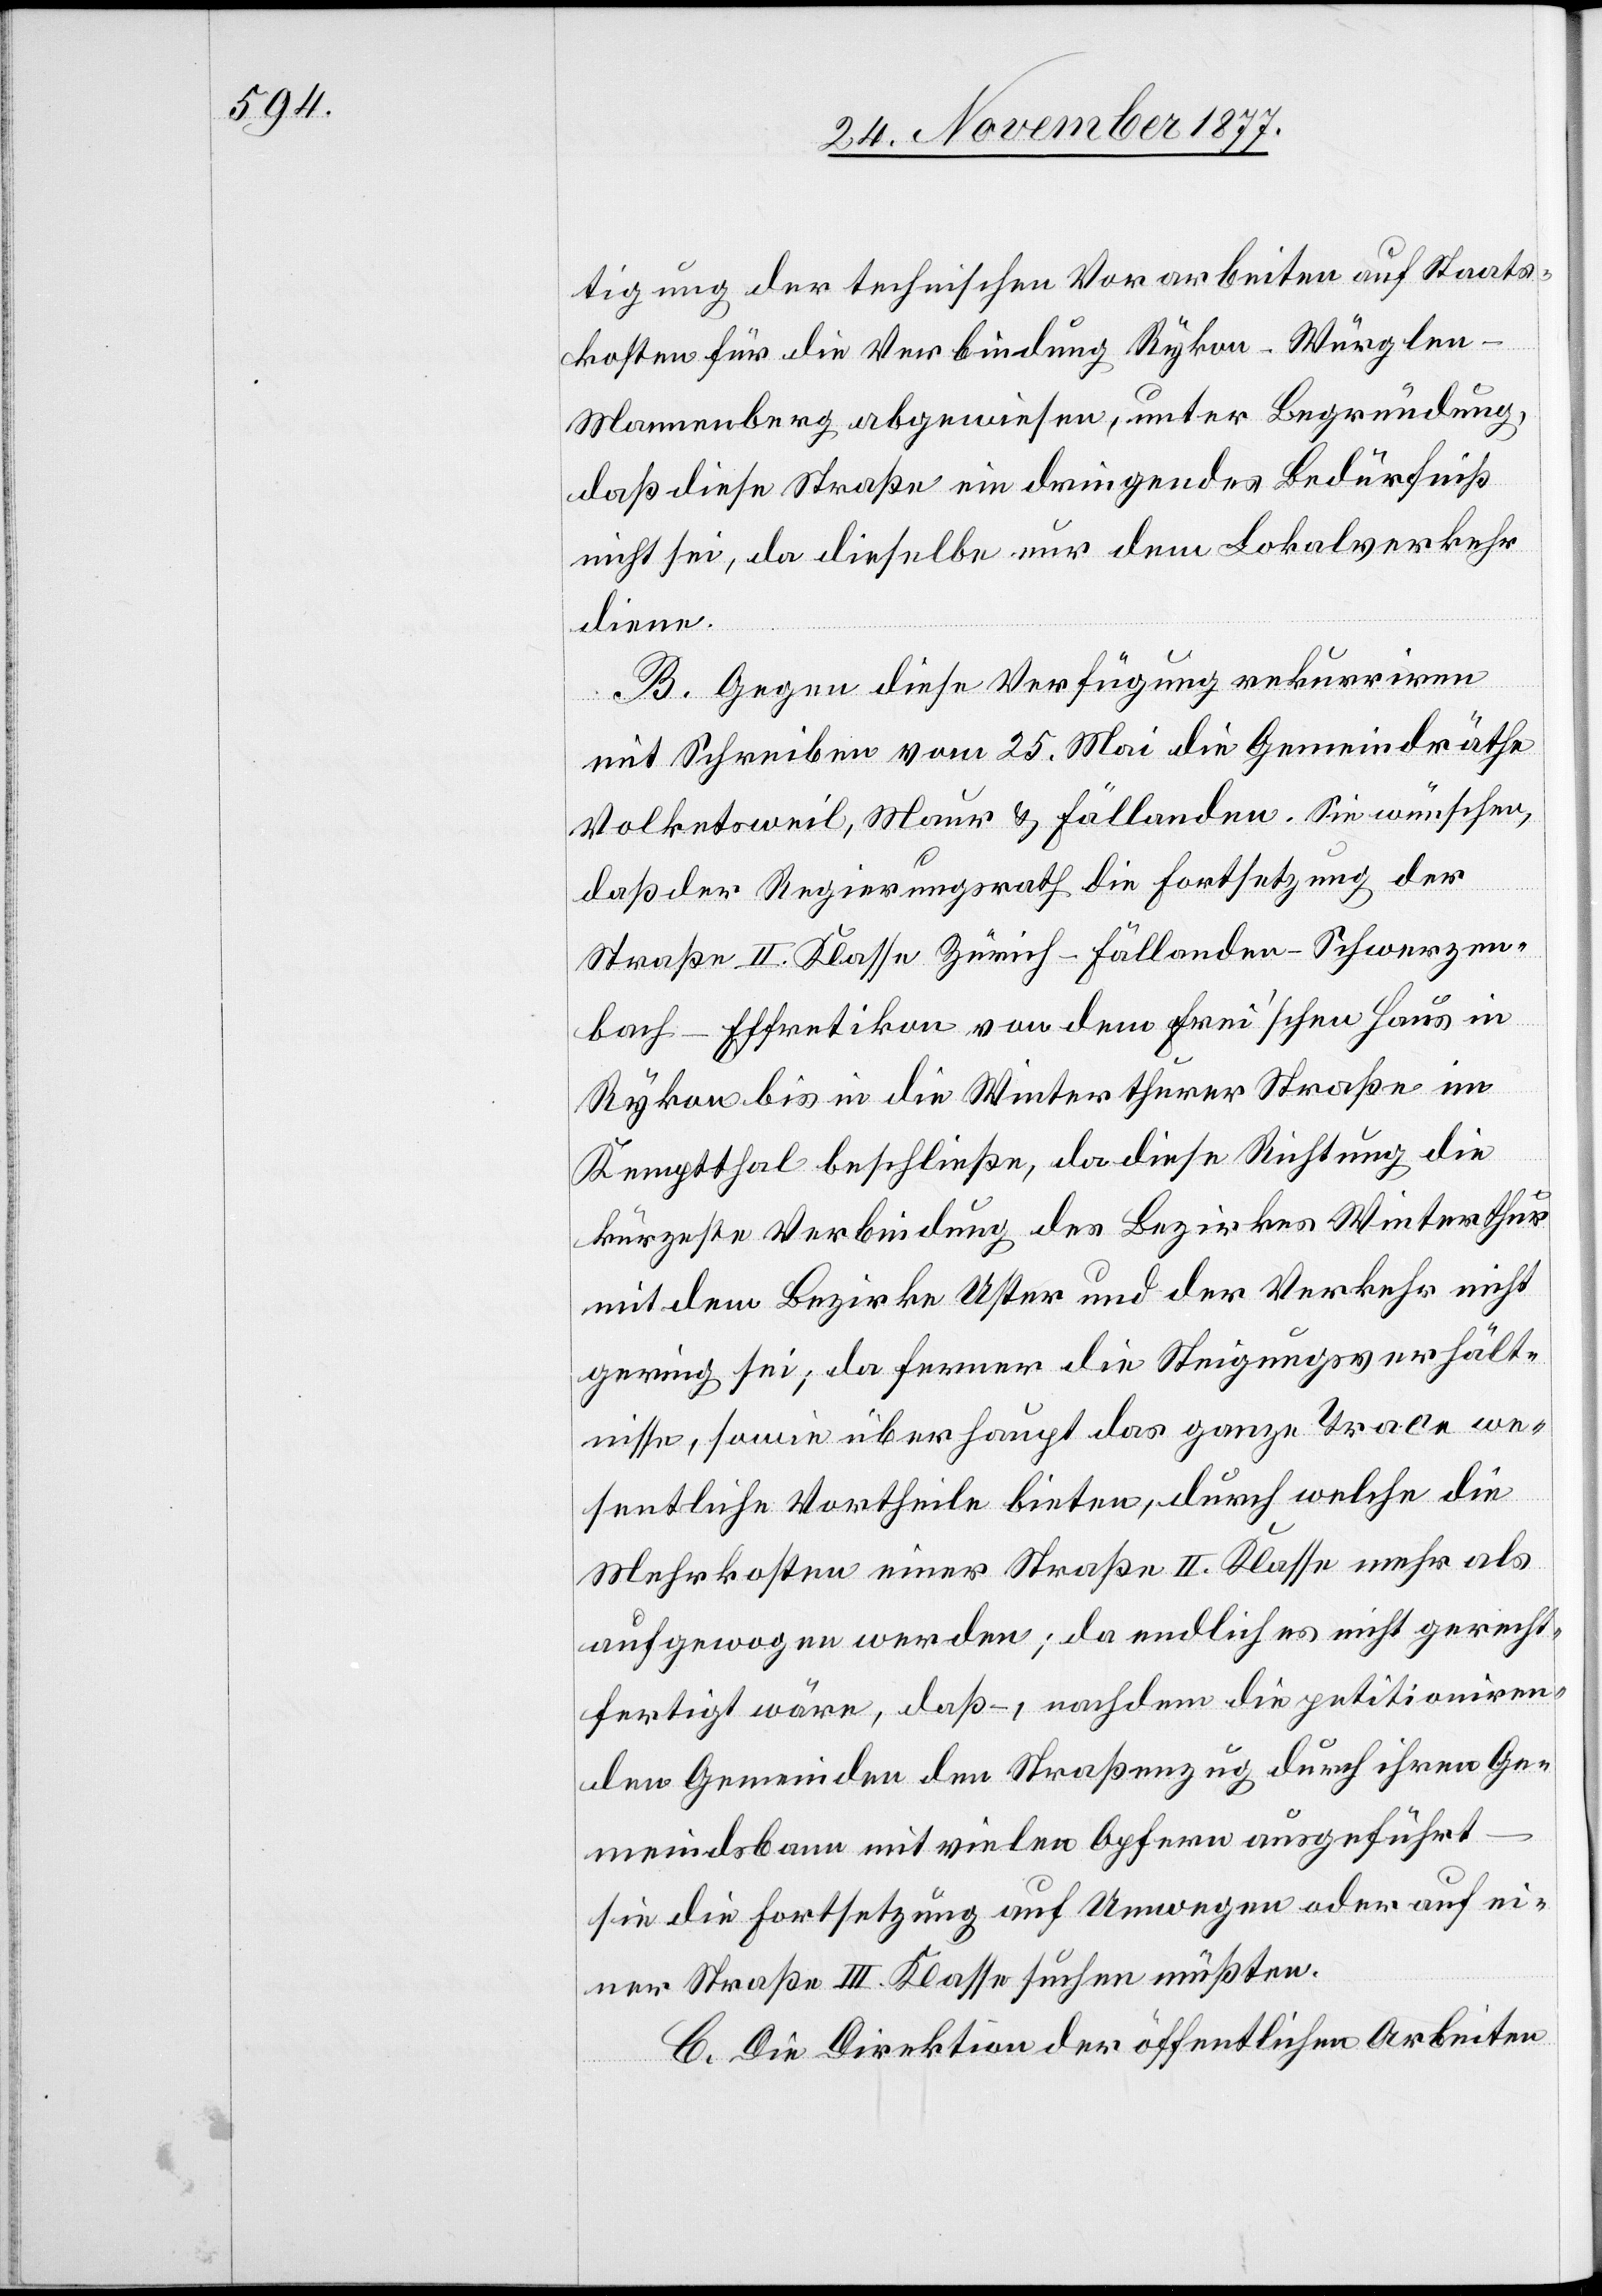
tigung der technischen Vorarbeiten auf Staats¬
kosten für die Verbindung Rykon–Würglen–M¬
annenberg abgewiesen, unter Begründung,
daß diese Straße ein dringendes Bedürfniß
nicht sei, da dieselbe nur dem Lokalverkehr
diene.
B. Gegen diese Verfügung rekurriren
mit Schreiben vom 25. Mai die Gemeindräthe
Volketsweil, Maur & Fällanden. Sie wünschen,
daß der Regierungsrath die Fortsetzung der
Straße II. Klasse Zürich–Fällanden–Schwerzen¬
bach–Effretikon von dem Frei’schen Haus in
Rykon bis in die Winterthurer Straße im
Kemptthal beschließe, da diese Richtung die
kürzeste Verbindung des Bezirkes Winterthur
mit dem Bezirke Uster und der Verkehr nicht
gering sei; da ferner die Steigungsverhält¬
nisse, sowie überhaupt das ganze Trace we¬
sentliche Vortheile bieten, durch welche die
Mehrkosten einer Straße II. Klasse mehr als
aufgewogen werden; da endlich es nicht gerecht¬
fertigt wäre, daß –, nachdem die petitioniren¬
den Gemeinden den Straßenzug durch ihren Ge¬
meindsbann mit vielen Opfern ausgeführt
sie die Fortsetzung auf Umwegen oder auf ei¬
ner Straße III. Klasse suchen müßten.
C. Die Direktion der öffentlichen Arbeiten